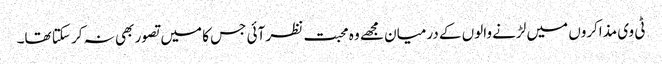
ٹی وی مذاکروں میں لڑنے والوں کے درمیان مجھے وہ محبت نظر آئی جس کا میں تصور بھی نہ کر سکتا تھا۔